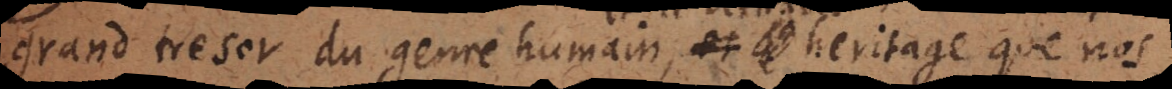
grand tresor du genre humain et l’heritage le